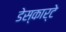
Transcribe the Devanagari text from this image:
डेस्कार्टे